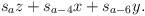
\begin{align*}s_a z+ s_{a-4} x + s_{a-6} y.\end{align*}